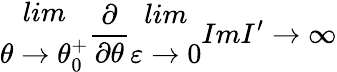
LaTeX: \begin{array}{c}{{lim}}\\ {{\theta\rightarrow\theta_{0}^{+}}}\end{array}\frac{\partial}{\partial\theta}\begin{array}{c}{{lim}}\\ {{\varepsilon\rightarrow 0}}\end{array}ImI^{\prime}\rightarrow\infty